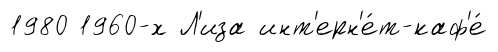
1980 1960-х Л'иза инт'ерн'е́т-каф'е́